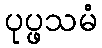
ပုပ္ဖသမံ